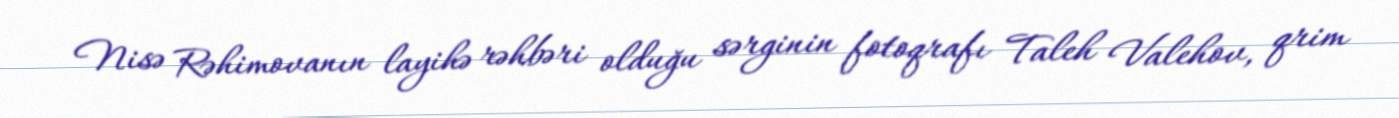
Nisə Rəhimovanın layihə rəhbəri olduğu sərginin fotoqrafı Taleh Valehov, qrim